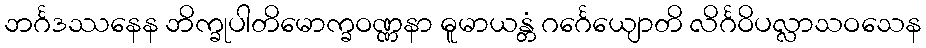
ဘင်္ဂဒဿနေန ဘိက္ခုပါတိမောက္ခဝဏ္ဏနာ ဓူမာယန္တံ ဂင်္ဂေယျောတိ လိင်္ဂဝိပလ္လာသဝသေန